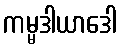
ကမ္မဒါယာဒေါ